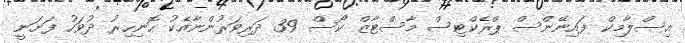
އިސްލާމިކް ފައިނޭންސް ޕްރެކްޓިސް މާސްޓާޒް ކޯސް 39 ދަރިވަރުންނާއެކު ހޮނިހިރު ދުވަހު ފަށަނީ